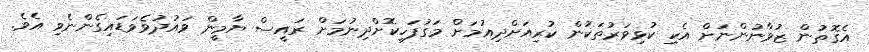
އެގޮތުން ޒުވާނުންނަށް އެކި ކުޅިވަރުތަކުން ކުރިއަށްދިއުމަށް މަގުފަހިކޮށްދިނުމަށް ރައީސް ޔާމީން ވައުދުވެވަޑައިގެންނެވި އެވެ.